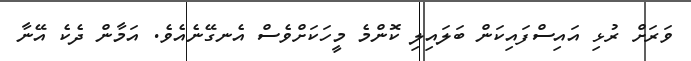
ވަރަށް ރުޅި އައިސްފައިކަން ބަލައިލި ކޮންމެ މީހަކަށްވެސް އެނގޭނެއެވެ. އަމާން ދެކެ އޭނާ